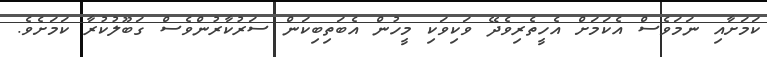
ކަމަށާއި ނަމަވެސް އެކަމަށް އެހީތެރިވެދޭ ވަކިވަކި މީހުން އެބަތިބިކަން ސަރުކާރުންވެސް ގަބޫލުކުރާ ކަމަށެވެ.